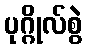
ပုဂ္ဂိုလ်စွဲ